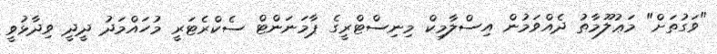
"ވަގުތަށް" މަޢުލޫމާތު ދެއްވަމުން އިސްލާމިކް މިނިސްޓްރީގެ ޕާމަނަންޓް ސެކްރެޓަރީ މުހައްމަދު ދީދީ ވިދާޅުވީ